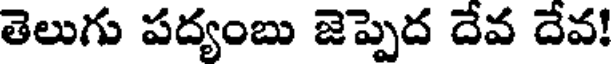
తెలుగు పద్యంబు జెప్పెద దేవ దేవ!